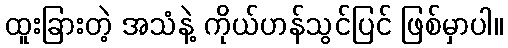
ထူးခြားတဲ့ အသံနဲ့ ကိုယ်ဟန်သွင်ပြင် ဖြစ်မှာပါ။